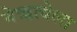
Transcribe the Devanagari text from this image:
नेऋत्येला